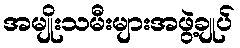
အမျိုးသမီးများအဖွဲ့ချုပ်